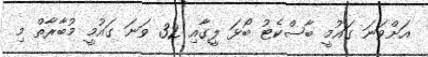
އަށްވަނަ ގައުމީ ބާސްކެޓު ބޯޅަަ ލީގާއި 32 ވަނަ ގައުމީ މުބާރާތް މި